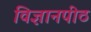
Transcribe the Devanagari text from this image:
विज्ञानपीठ